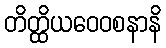
တိတ္ထိယဝေဝစနာနိ